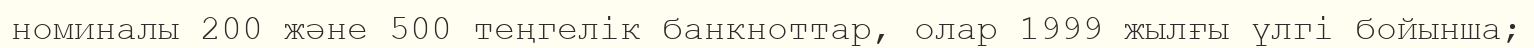
номиналы 200 және 500 теңгелік банкноттар, олар 1999 жылғы үлгі бойынша;